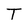
Character: T